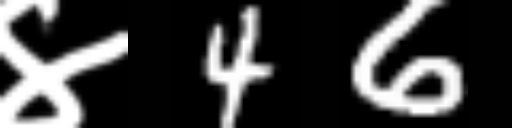
Text: ४46